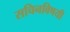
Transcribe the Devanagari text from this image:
सचिनविषयी